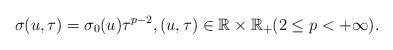
LaTeX: \begin{align*} \sigma(u,\tau)=\sigma_0(u)\tau^{p-2},(u,\tau)\in\mathbb{R}\times\mathbb{R}_+(2\le p<+\infty).\end{align*}